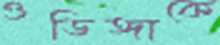
ওডিঙ্গাকে